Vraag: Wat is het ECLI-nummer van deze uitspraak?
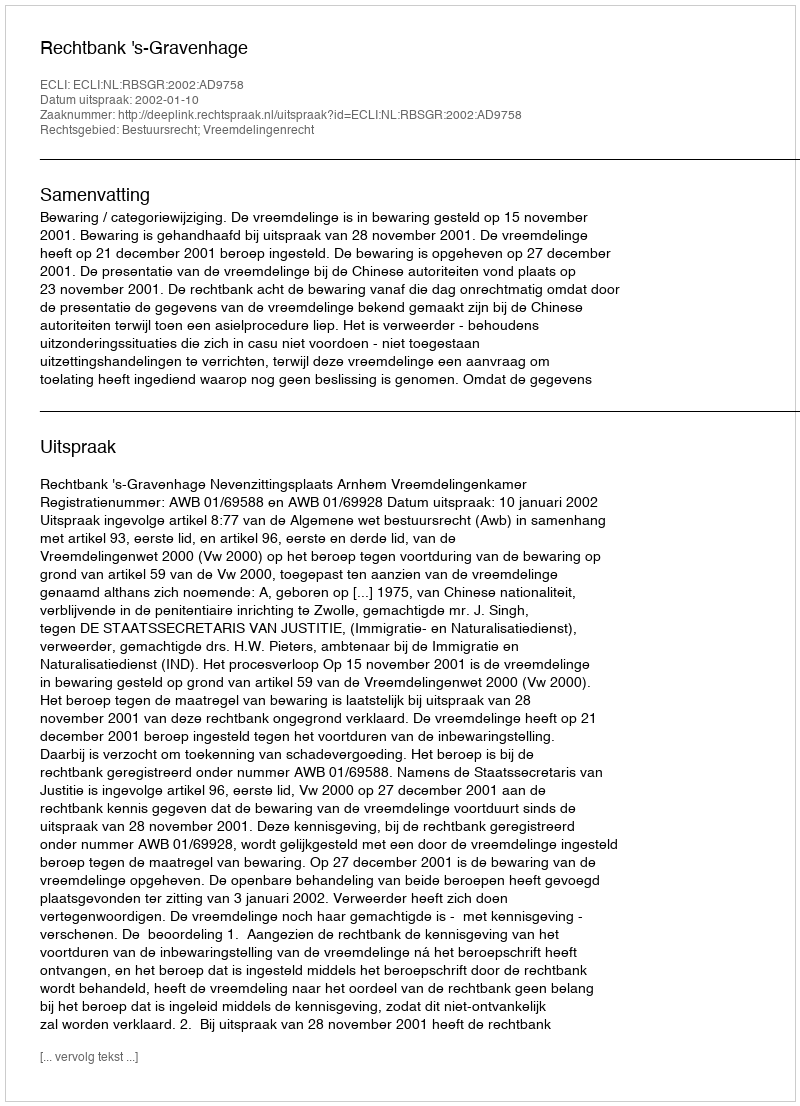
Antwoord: ECLI:NL:RBSGR:2002:AD9758